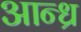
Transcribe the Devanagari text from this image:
आन्‍ध्र